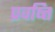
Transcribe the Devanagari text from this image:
प्रवष्त्ति